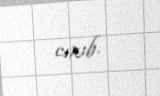
cızıb.